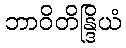
ဘာဝိတိန္ဒြိယံ